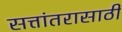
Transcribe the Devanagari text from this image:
सत्तांतरासाठी